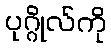
ပုဂ္ဂိုလ်ကို